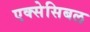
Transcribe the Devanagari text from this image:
एक्सेसिबल